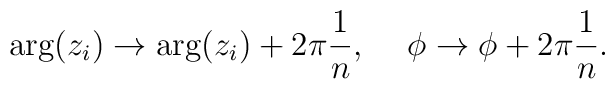
\arg(z_i) \to \arg(z_i)+2\pi\frac1n, \hspace{5mm} \phi \to \phi+2\pi\frac1n.